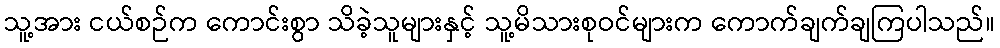
သူ့အား ငယ်စဉ်က ကောင်းစွာ သိခဲ့သူများနှင့် သူ့မိသားစုဝင်များက ကောက်ချက်ချကြပါသည်။